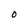
Character: 0